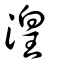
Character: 湟